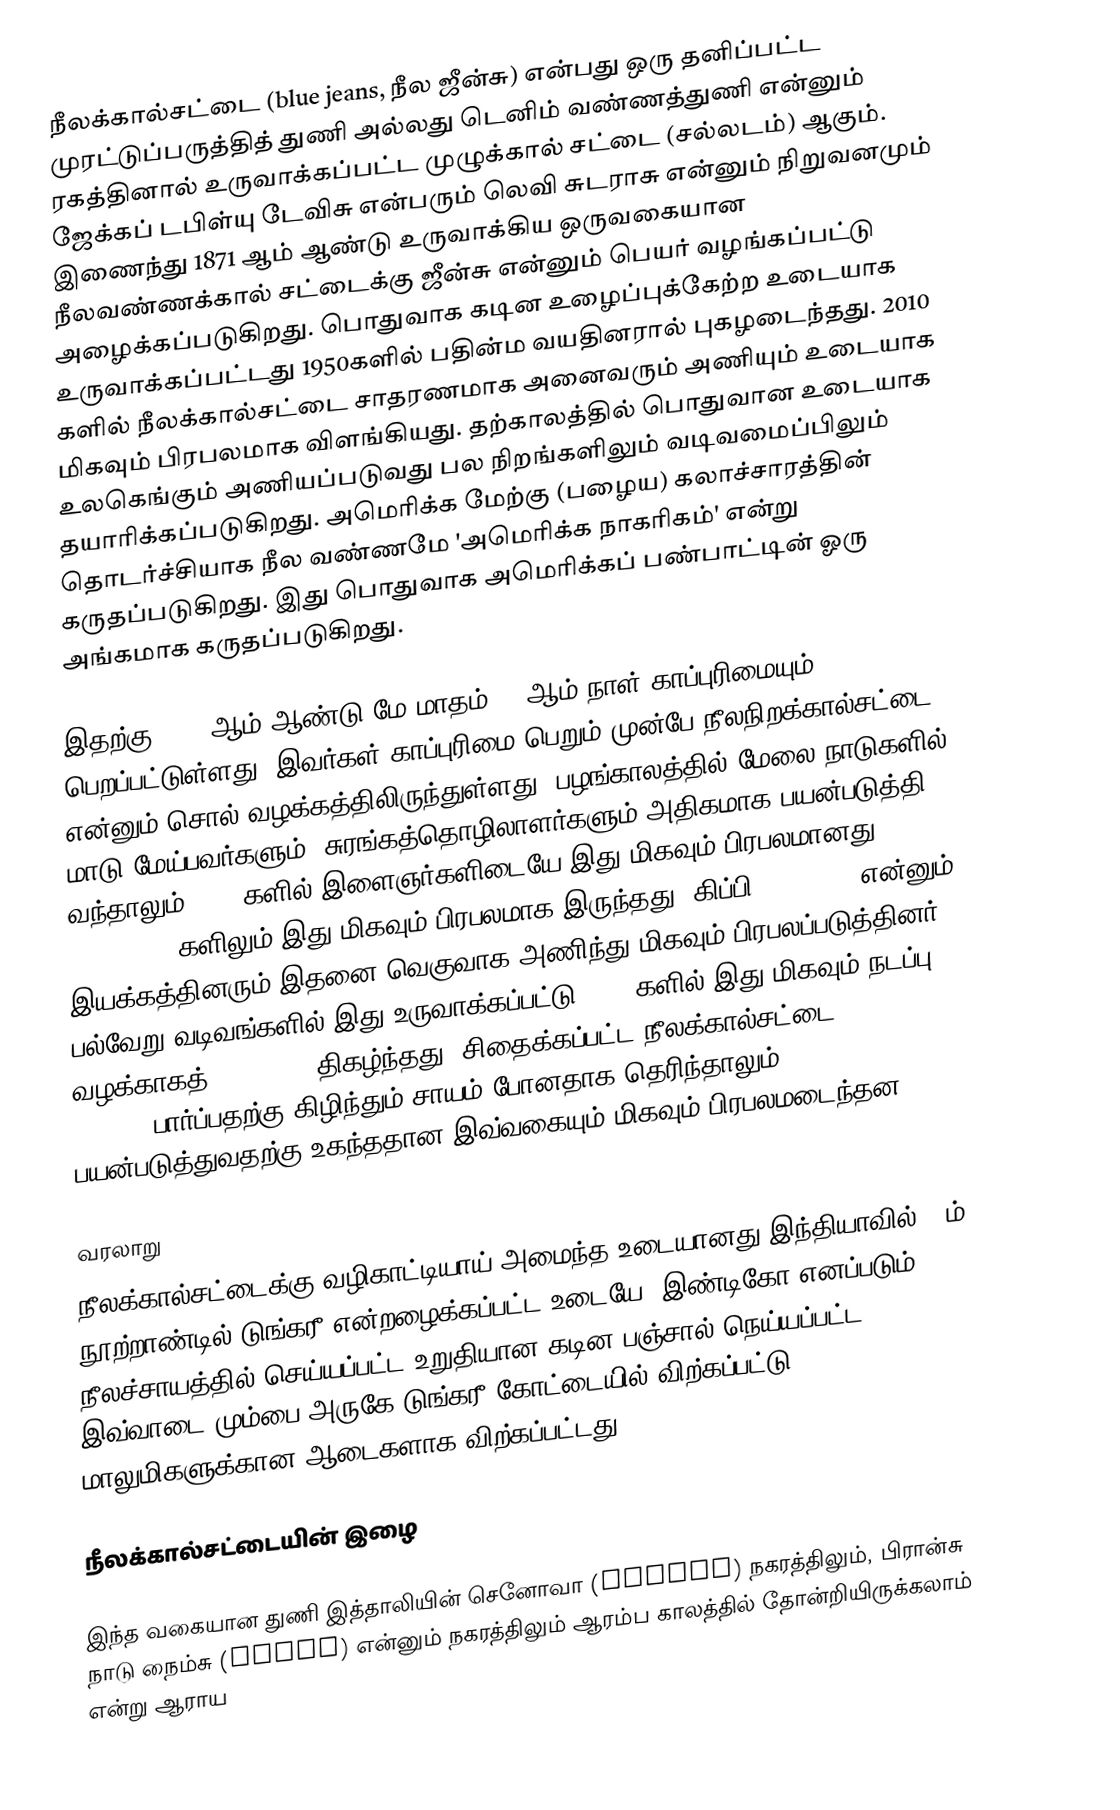
நீலக்கால்சட்டை (blue jeans, நீல ஜீன்சு) என்பது ஒரு தனிப்பட்ட முரட்டுப்பருத்தித் துணி அல்லது டெனிம் வண்ணத்துணி என்னும் ரகத்தினால் உருவாக்கப்பட்ட முழுக்கால் சட்டை (சல்லடம்) ஆகும். ஜேக்கப் டபிள்யு டேவிசு என்பரும் லெவி சுடராசு என்னும் நிறுவனமும் இணைந்து 1871 ஆம் ஆண்டு உருவாக்கிய ஒருவகையான நீலவண்ணக்கால் சட்டைக்கு ஜீன்சு என்னும் பெயர் வழங்கப்பட்டு அழைக்கப்படுகிறது. பொதுவாக கடின உழைப்புக்கேற்ற உடையாக உருவாக்கப்பட்டது 1950களில் பதின்ம வயதினரால் புகழடைந்தது. 2010 களில் நீலக்கால்சட்டை சாதரணமாக அனைவரும் அணியும் உடையாக மிகவும் பிரபலமாக விளங்கியது. தற்காலத்தில் பொதுவான உடையாக உலகெங்கும் அணியப்படுவது பல நிறங்களிலும் வடிவமைப்பிலும் தயாரிக்கப்படுகிறது. அமெரிக்க மேற்கு (பழைய) கலாச்சாரத்தின் தொடர்ச்சியாக நீல வண்ணமே 'அமெரிக்க நாகரிகம்' என்று கருதப்படுகிறது. இது பொதுவாக அமெரிக்கப் பண்பாட்டின் ஓரு அங்கமாக கருதப்படுகிறது.

இதற்கு 1873 ஆம் ஆண்டு மே மாதம் 20 ஆம் நாள் காப்புரிமையும் பெறப்பட்டுள்ளது. இவர்கள் காப்புரிமை பெறும் முன்பே நீலநிறக்கால்சட்டை என்னும் சொல் வழக்கத்திலிருந்துள்ளது. பழங்காலத்தில் மேலை நாடுகளில் மாடு மேய்பவர்களும், சுரங்கத்தொழிலாளர்களும் அதிகமாக பயன்படுத்தி வந்தாலும் 1950 களில் இளைஞர்களிடையே இது மிகவும் பிரபலமானது. 1960, 1970, 1980 களிலும் இது மிகவும் பிரபலமாக இருந்தது. கிப்பி (Hippies) என்னும் இயக்கத்தினரும் இதனை வெகுவாக அணிந்து மிகவும் பிரபலப்படுத்தினர். பல்வேறு வடிவங்களில் இது உருவாக்கப்பட்டு 2010 களில் இது மிகவும் நடப்பு வழக்காகத் (Fashion) திகழ்ந்தது. சிதைக்கப்பட்ட நீலக்கால்சட்டை (Distressed Jeans), பார்ப்பதற்கு கிழிந்தும் சாயம் போனதாக தெரிந்தாலும், பயன்படுத்துவதற்கு உகந்ததான இவ்வகையும் மிகவும் பிரபலமடைந்தன.

வரலாறு
நீலக்கால்சட்டைக்கு வழிகாட்டியாய் அமைந்த உடையானது இந்தியாவில் 16ம் நூற்றாண்டில் டுங்கரீ என்றழைக்கப்பட்ட உடையே. இண்டிகோ எனப்படும் நீலச்சாயத்தில் செய்யப்பட்ட உறுதியான கடின பஞ்சால் நெய்யப்பட்ட இவ்வாடை மும்பை அருகே டுங்கரீ கோட்டையில் விற்கப்பட்டு, மாலுமிகளுக்கான ஆடைகளாக விற்கப்பட்டது.

நீலக்கால்சட்டையின் இழை

இந்த வகையான துணி இத்தாலியின் செனோவா (Genova) நகரத்திலும், பிரான்சு நாடு நைம்சு (Nimes) என்னும் நகரத்திலும் ஆரம்ப காலத்தில் தோன்றியிருக்கலாம் என்று ஆராய